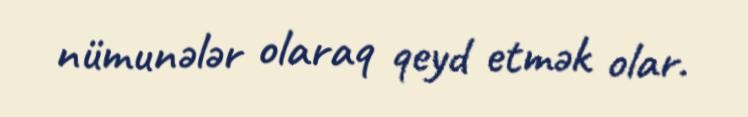
nümunələr olaraq qeyd etmək olar.